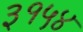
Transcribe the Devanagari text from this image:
३१५४